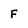
Character: F